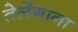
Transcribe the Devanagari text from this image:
तेलेंगाना